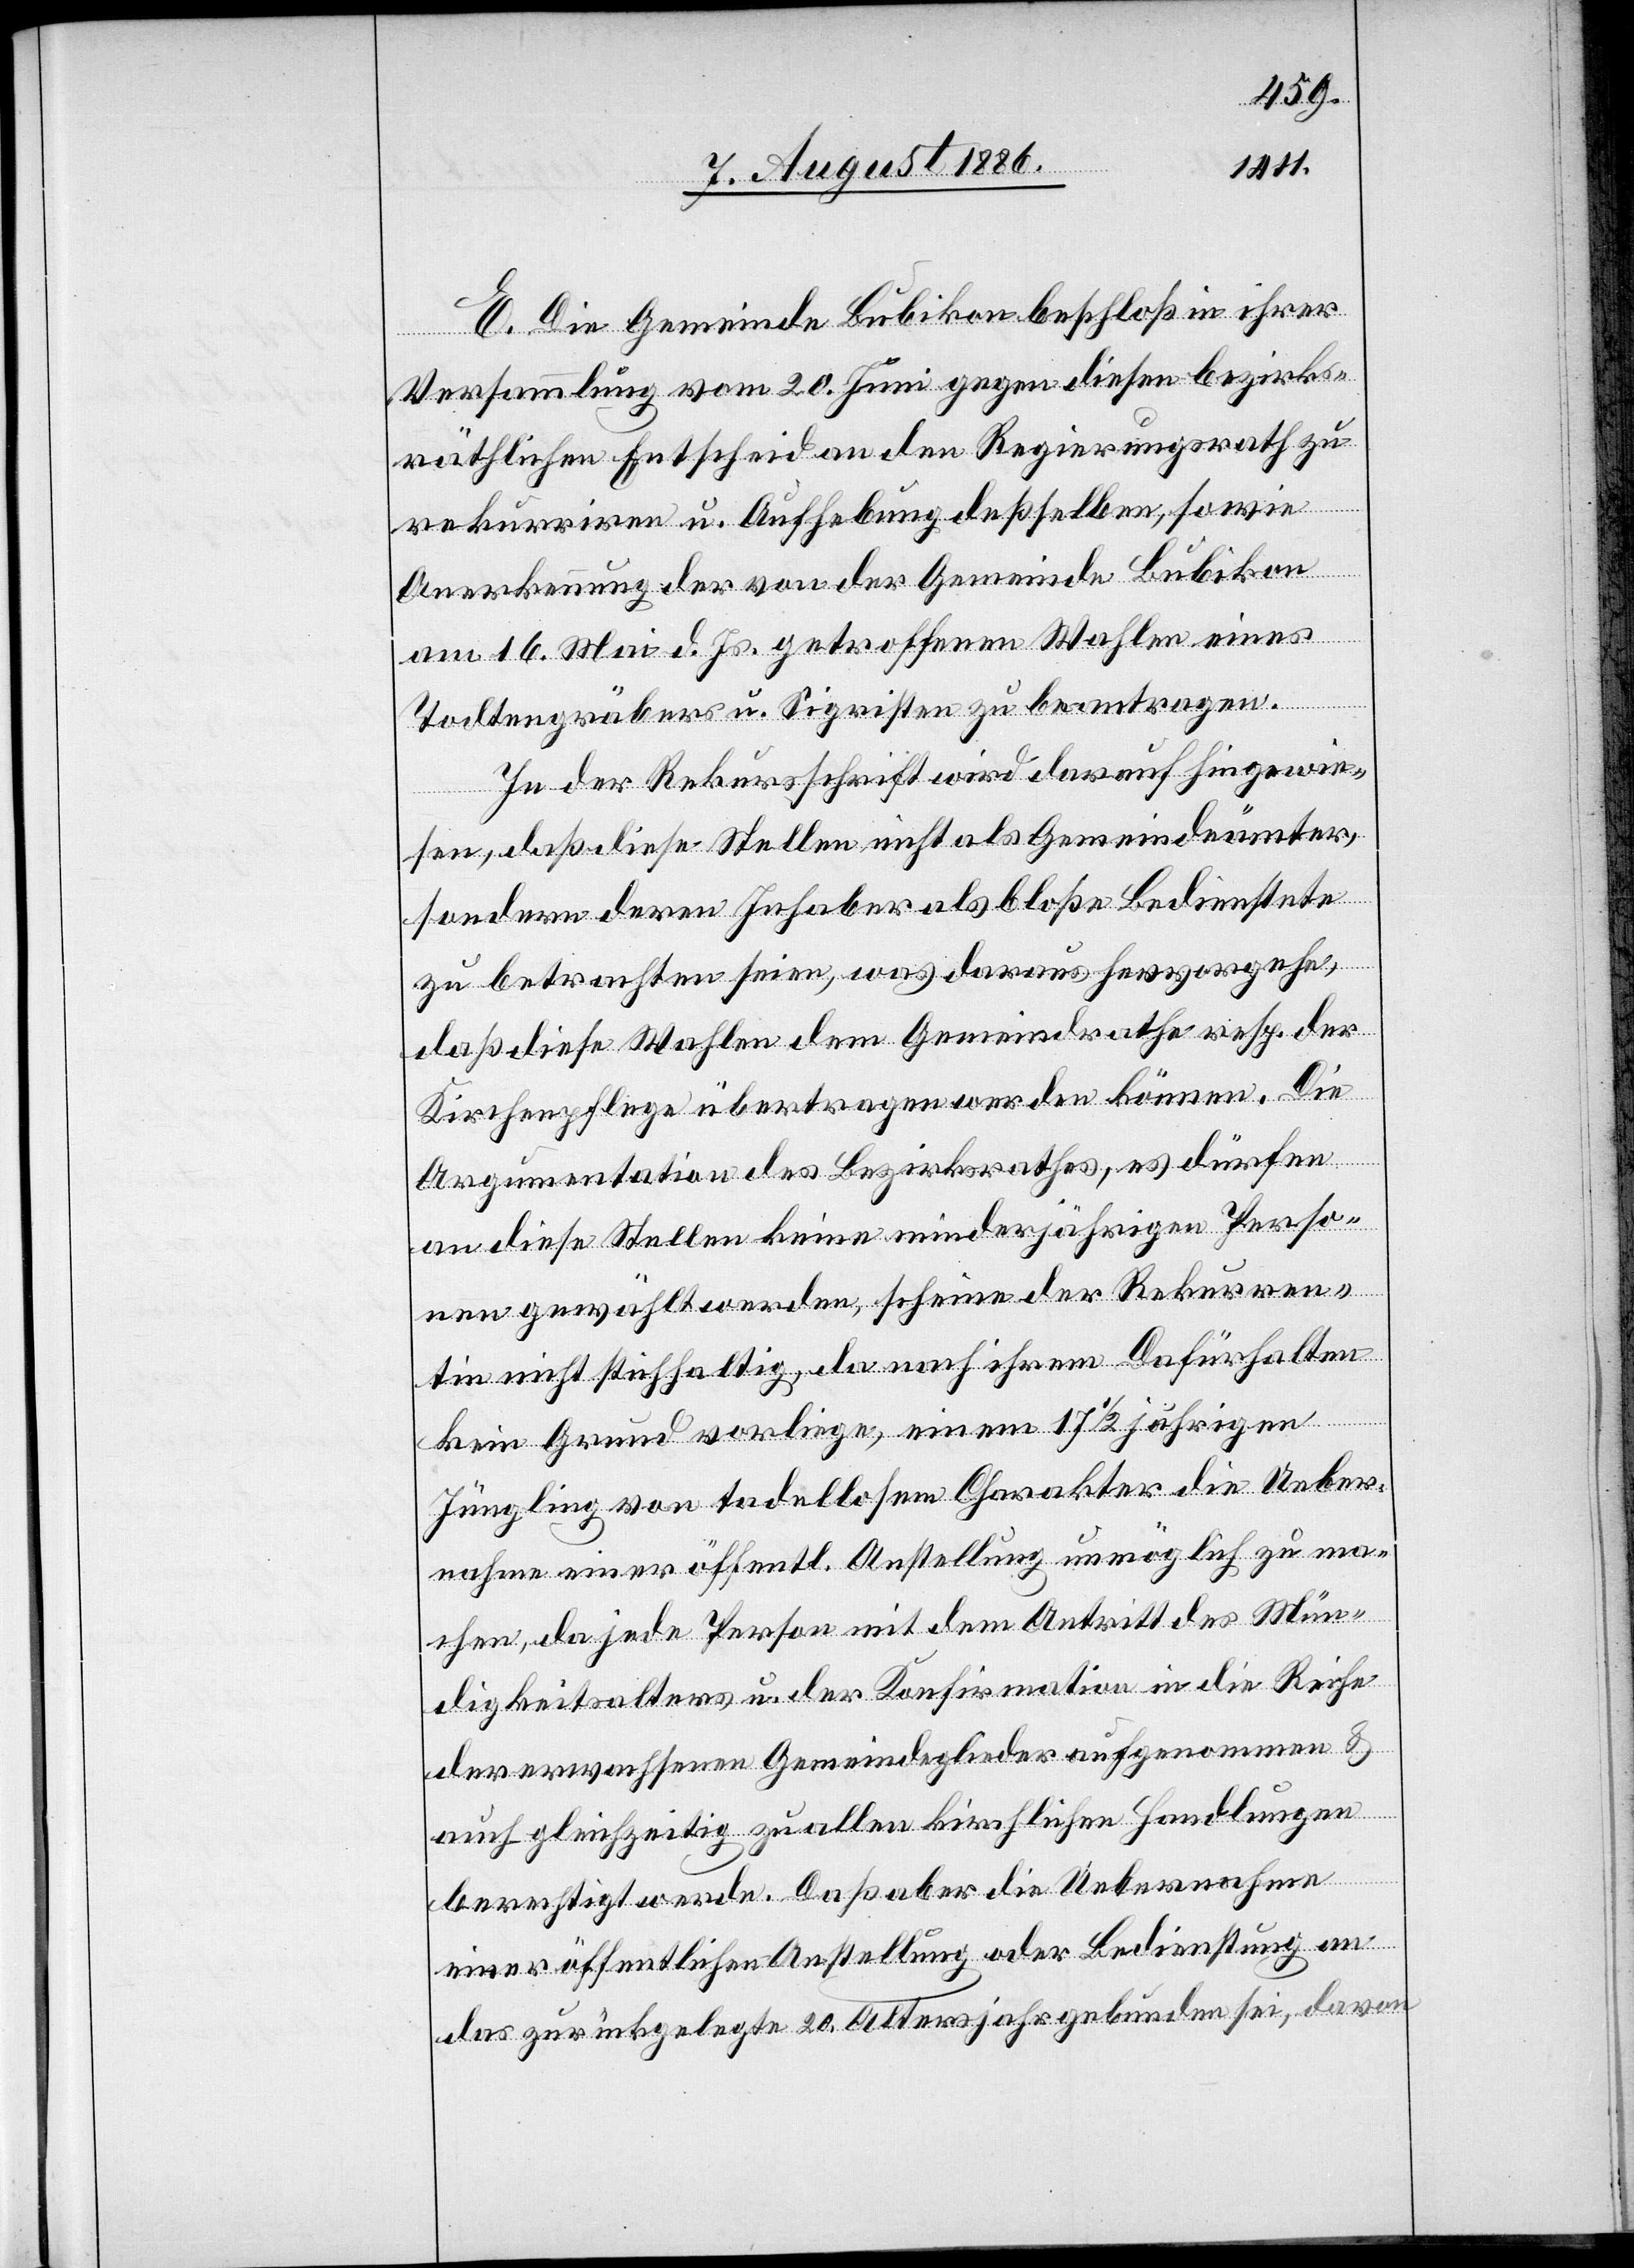
E. Die Gemeinde Bubikon beschloß in ihrer
Versammlung vom 20. Juni gegen diesen bezirks¬
räthlichen Entscheid an den Regierungsrath zu
rekurriren u. Aufhebung deßselben, sowie
Anerkennung der von der Gemeinde Bubikon
am 16. Mai d. Js. getroffenen Wahlen eines
Todtengräbers u. Sigristen zu beantragen.
In der Rekursschrift wird darauf hingewie¬
sen, daß diese Stellen nicht als Gemeindeämter,
sondern deren Inhaber als bloße Bedienstete
zu betrachten seien, was daraus hervorgehe,
daß diese Wahlen dem Gemeindrathe resp. der
Kirchenpflege übertragen werden können. Die
Argumentation des Bezirksrathes, es dürfen
an diese Stellen keine minderjährigen Perso¬
nen gewählt werden, scheine der Rekurren¬
tin nicht stichhaltig, da nach ihrem Dafürhalten
kein Grund vorliege, einem 17 1/2jährigen
Jüngling von tadellosem Charakter die Ueber¬
nahme einer öffentl. Anstellung unmöglich zu ma¬
chen, da jede Person mit dem Antritt des Mün¬
digkeitsalters u. der Konfirmation in die Reiche
der erwachsenen Gemeindeglieder aufgenommen &
auch gleichzeitig zu allen kirchlichen Handlungen
berechtigt werde. Daß aber die Uebernahme
einer öffentlichen Anstellung oder Bedienstung an
das zurückgelegte 20. Altersjahr gebunden sei, davon